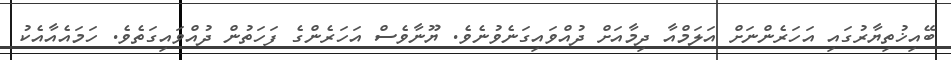
ބޭއިޚުތިޔާރުގައި އަހަރެންނަށް އަލަމްއާ ދިމާއަށް ދުއްވައިގަނެވުނެވެ. ޔޫނާވެސް އަހަރެންގެ ފަހަތުން ދުއްވައިގަތެވެ. ހަމައެއާއެކު